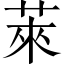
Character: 萊